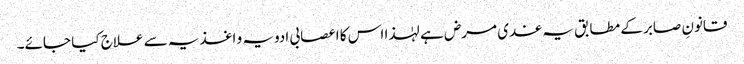
قانونِ صابر کے مطابق یہ غدی مرض ہے لہٰذا اس کا اعصابی ادویہ و اغذیہ سے علاج کیا جائے۔